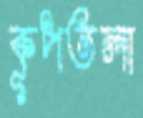
কূপতলা